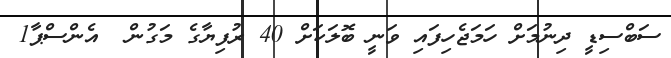
ސަބްސިޑީ ދިނުމަށް ހަމަޖެހިފައި ވަނީ ބޮލަކަށް 40 ރުފިޔާގެ މަގުން  އެންސްޕާ1